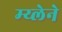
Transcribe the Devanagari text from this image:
म्य्लेने